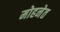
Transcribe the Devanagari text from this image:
मोहनेत